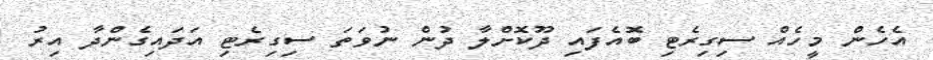
އެހެން މީހެއް ސިގިރެޓި ބޮއެފައި ދޫކޮށްލާ ދުން ނުވަތަ ސިގިރެޓި އަދައިގެންދާ އިރު